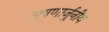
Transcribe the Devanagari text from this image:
रावणार्जुनीय